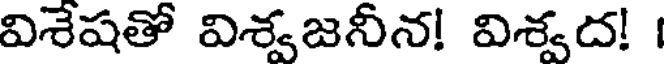
విశేషతో విశ్వజనీన! విశ్వద!